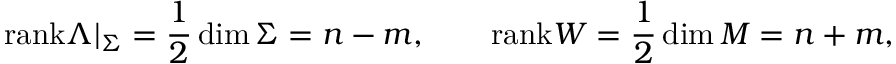
\mathrm { r a n k } \Lambda | _ { \Sigma } = \frac 1 2 \dim \Sigma = n - m , \qquad \mathrm { r a n k } W = \frac 1 2 \dim { \cal M } = n + m ,